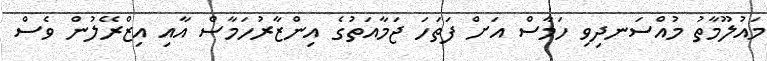
މައުލޫމާތު މުއްސަނދިވި ހަމާސް އަށް ފަތަހަ ޖަމާއަތުގެ އިންޒާރުހަމާސް އާއި އިޒްރޭލުން ވެސް